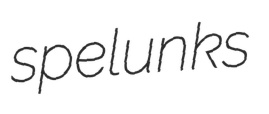
spelunks